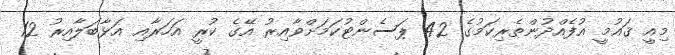
މިއީ ޤައުމީ އުފެއްދުންތެރިކަމުގެ 42 ޕަސެންޓުކަމަށްވާއިރު އޭގެ ކުރީ އަހަރާއި އަޅާބަލާއިރު 12